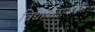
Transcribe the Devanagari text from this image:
विद्यापीठामार्फत